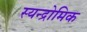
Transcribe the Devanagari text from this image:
स्यन्द्रोमिक